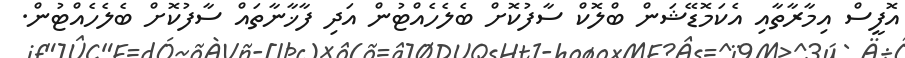
އޮފީސް އިމާރާތާއި އެކަމޮޑޭޝަން ބްލޮކް ސާފުކޮށް ބެލެހެއްޓުން އަދި ފާޚާނާތައް ސާފުކޮށް ބެލެހެއްޓުން.